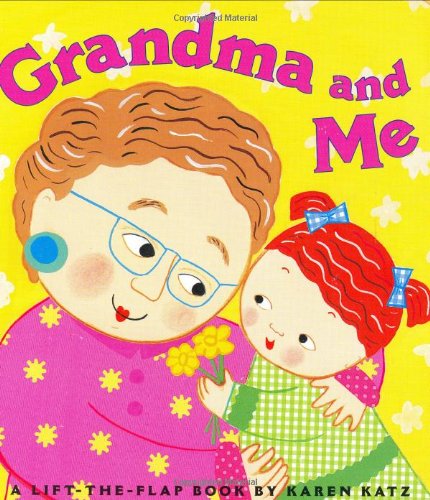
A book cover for Grandma and Me: A Lift-the-Flap Book (Karen Katz Lift-the-Flap Books); Karen Katz; Children's Books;